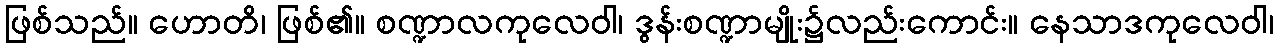
ဖြစ်သည်။ ဟောတိ၊ ဖြစ်၏။ စဏ္ဍာလကုလေဝါ၊ ဒွန်းစဏ္ဍာမျိုး၌လည်းကောင်း။ နေသာဒကုလေဝါ၊